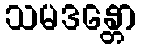
သမဒန္တော